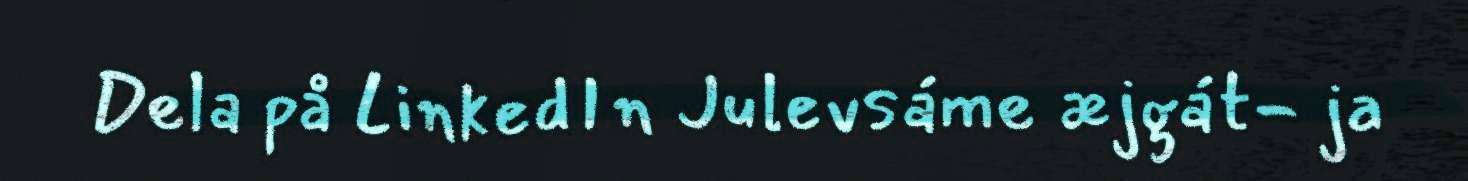
Dela på LinkedIn Julevsáme æjgát- ja